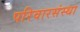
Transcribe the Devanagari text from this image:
परिवारसंस्था